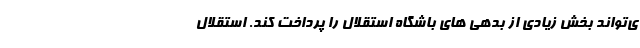
ی‌تواند بخش زیادی از بدهی های باشگاه استقلال را پرداخت کند. استقلال